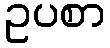
ဥပစာ